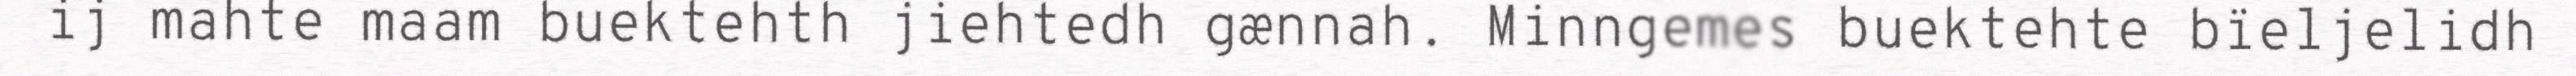
ij mahte maam buektehth jiehtedh gænnah. Minngemes buektehte bïeljelidh